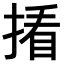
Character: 𪮑